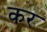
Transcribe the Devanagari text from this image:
कर